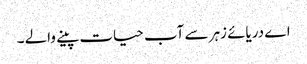
اے دریائے زہر سے آب حیات پینے والے ۔